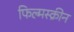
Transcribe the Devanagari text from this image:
फिल्मस्क्रीन